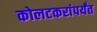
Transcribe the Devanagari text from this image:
कोलटकरांपर्यंत